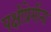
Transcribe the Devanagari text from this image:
पक्षीप्रेमींना